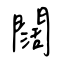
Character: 闊